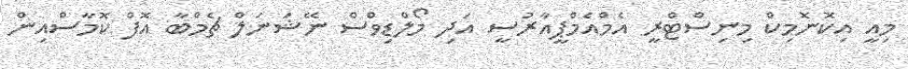
މިއީ އިކޮނޮމިކް މިނިސްޓްރީ އެމްއެމްޕީއާރުސީ އަދި މޯލްޑިވްސް ނޭޝަނަލް ޗެމްބާ އޮފް ކޮމާސްއިން